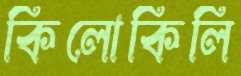
কিলোকিলি